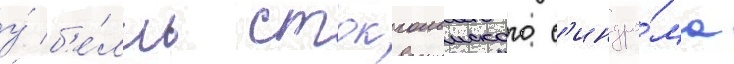
у́ б'е́лль стокгольмского с'индро́ма